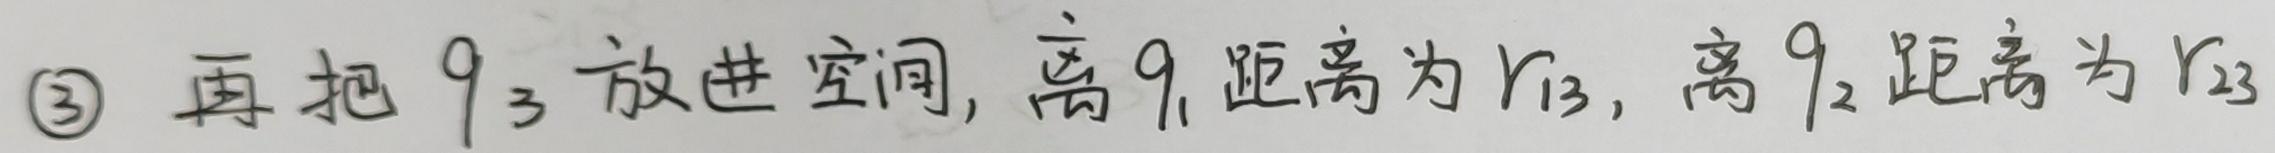
\textcircled{3} 再把 $q_3$ 放进空间, 离 $q_1$ 距离为 $r_{13}$, 离 $q_2$ 距离为 $r_{23}$